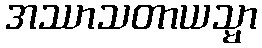
အဿာသတာယသ္မာ